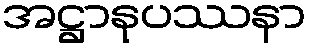
အဋ္ဌာနုပဿနာ